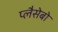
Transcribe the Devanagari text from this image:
प्लैसेबो